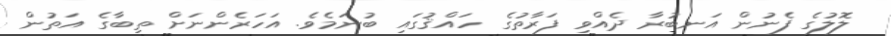
ލޮލުގެ ފެނުން އަނބުރާ ދެއްވި ފަރާތުގެ ހައްޤުގައި ބުނަމެވެ. އަހަރެންނަށް ތިބާގެ އަތުން